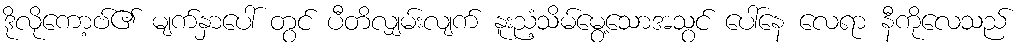
ဒိုလိုကော့ဗ်၏ မျက်နှာပေါ် တွင် ပီတိလျှမ်းလျက် နူးညံ့သိမ်မွေ့သောအသွင် ပေါ်နေ လေရာ နီကိုလေသည်